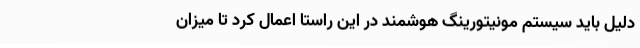
دلیل باید سیستم مونیتورینگ هوشمند در این راستا اعمال کرد تا میزان